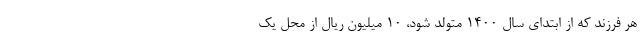
هر فرزند که از ابتدای سال ۱۴۰۰ متولد شود، ۱۰ میلیون ریال از محل یک